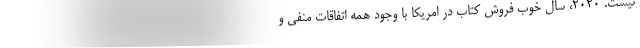
نیست. 2020، سال خوب فروش کتاب در امریکا با وجود همه اتفاقات منفی و